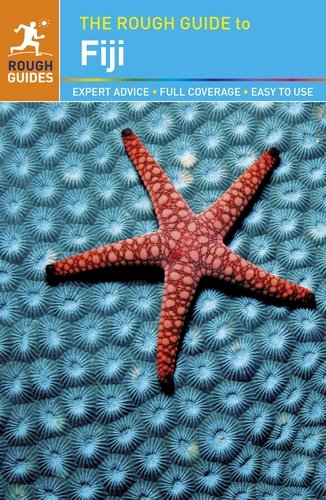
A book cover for The Rough Guide to Fiji; Rough Guides; Travel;